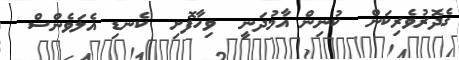
ގެދޮރުވެރިކަން  ކުނިން އާމުދަނީ  ވިހާފޮށި  ކެނޑި އެލަވެންސް